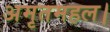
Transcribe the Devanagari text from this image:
अमृतमहल।